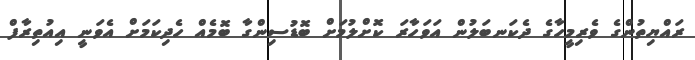
ރައްޔިތުންގެ ވެރިމީހާގެ ދެކަނބަލުން އަވަހާރަ ކޮށްލުމަށް ބޮޑުސިންގާ ބޮމެއް ހެދިކަމަށް އެވަނީ އިއުތިރާފް